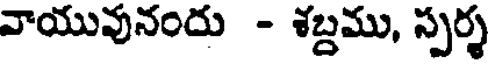
వాయువునందు - శబ్దము, స్పర్శ